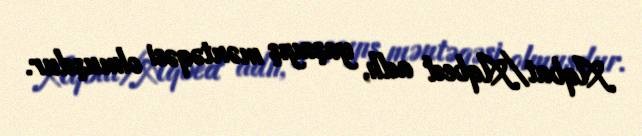
Aqbat/Aqbed adlı, yaşayış məntəqəsi olmuşdur.